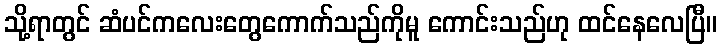
သို့ရာတွင် ဆံပင်ကလေးတွေကောက်သည်ကိုမူ ကောင်းသည်ဟု ထင်နေလေပြီ။